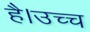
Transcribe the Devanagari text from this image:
है।उच्च